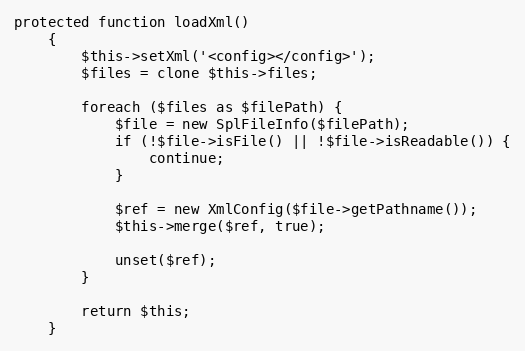
Language: PHP
protected function loadXml()
    {
        $this->setXml('<config></config>');
        $files = clone $this->files;

        foreach ($files as $filePath) {
            $file = new SplFileInfo($filePath);
            if (!$file->isFile() || !$file->isReadable()) {
                continue;
            }

            $ref = new XmlConfig($file->getPathname());
            $this->merge($ref, true);

            unset($ref);
        }

        return $this;
    }